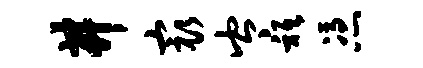
井最岑只凭